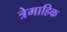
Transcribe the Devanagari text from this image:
त्रेमाहिक